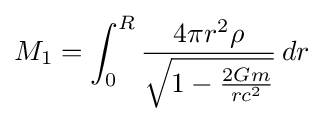
M_{1}=\int _{0}^{R}{\frac {4\pi r^{2}\rho }{\sqrt {1-{\frac {2Gm}{rc^{2}}}}}}\,dr